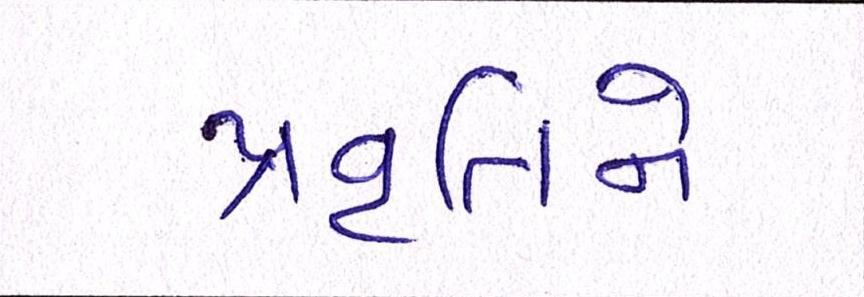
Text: પ્રવૃતિને